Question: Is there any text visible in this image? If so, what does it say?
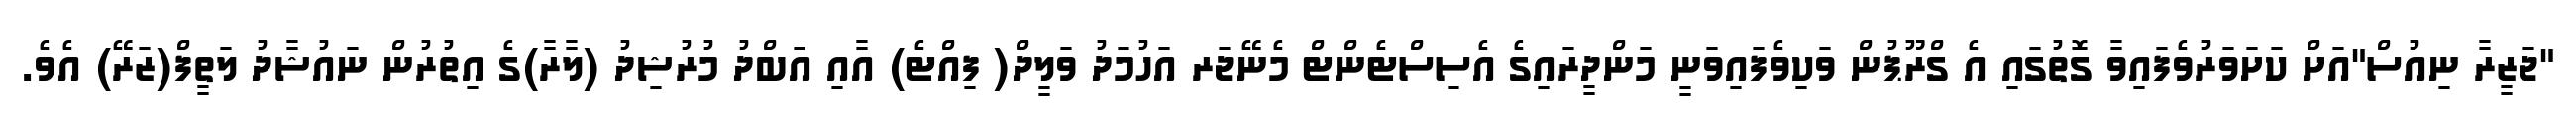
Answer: "ޖަޒީރާ ނިއުސް"އަށް ކަށަވަރުވެފައިވާ ގޮތުގައި އެ ގްރޫޕުން ވަކިވެފައިވަނީ މަންދީރައިގެ އެސިސްޓެންޓް މެނޭޖަރ އަހުމަދު ވަލީދް( ފިއްޓެ) އާއި އަބްދު މުރުޝިދު (ލާރާ)ގެ އިތުރުން ނައުޝާދު ލަތީފް(ޒަރޭ) އެވެ.